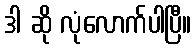
ဒါ ဆို လုံလောက်ပါပြီ။